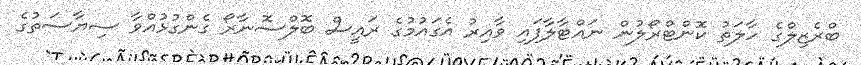
ބްރެޒިލްގެ ހާލަތު ކޮންޓްރޯލުން ނައްޓާލާފައި ވާއިރު އެގައުމުގެ ރައީސް ބޮލްސޮނާރޯ ގެންގުޅުއްވާ ސިޔާސަތުގެ